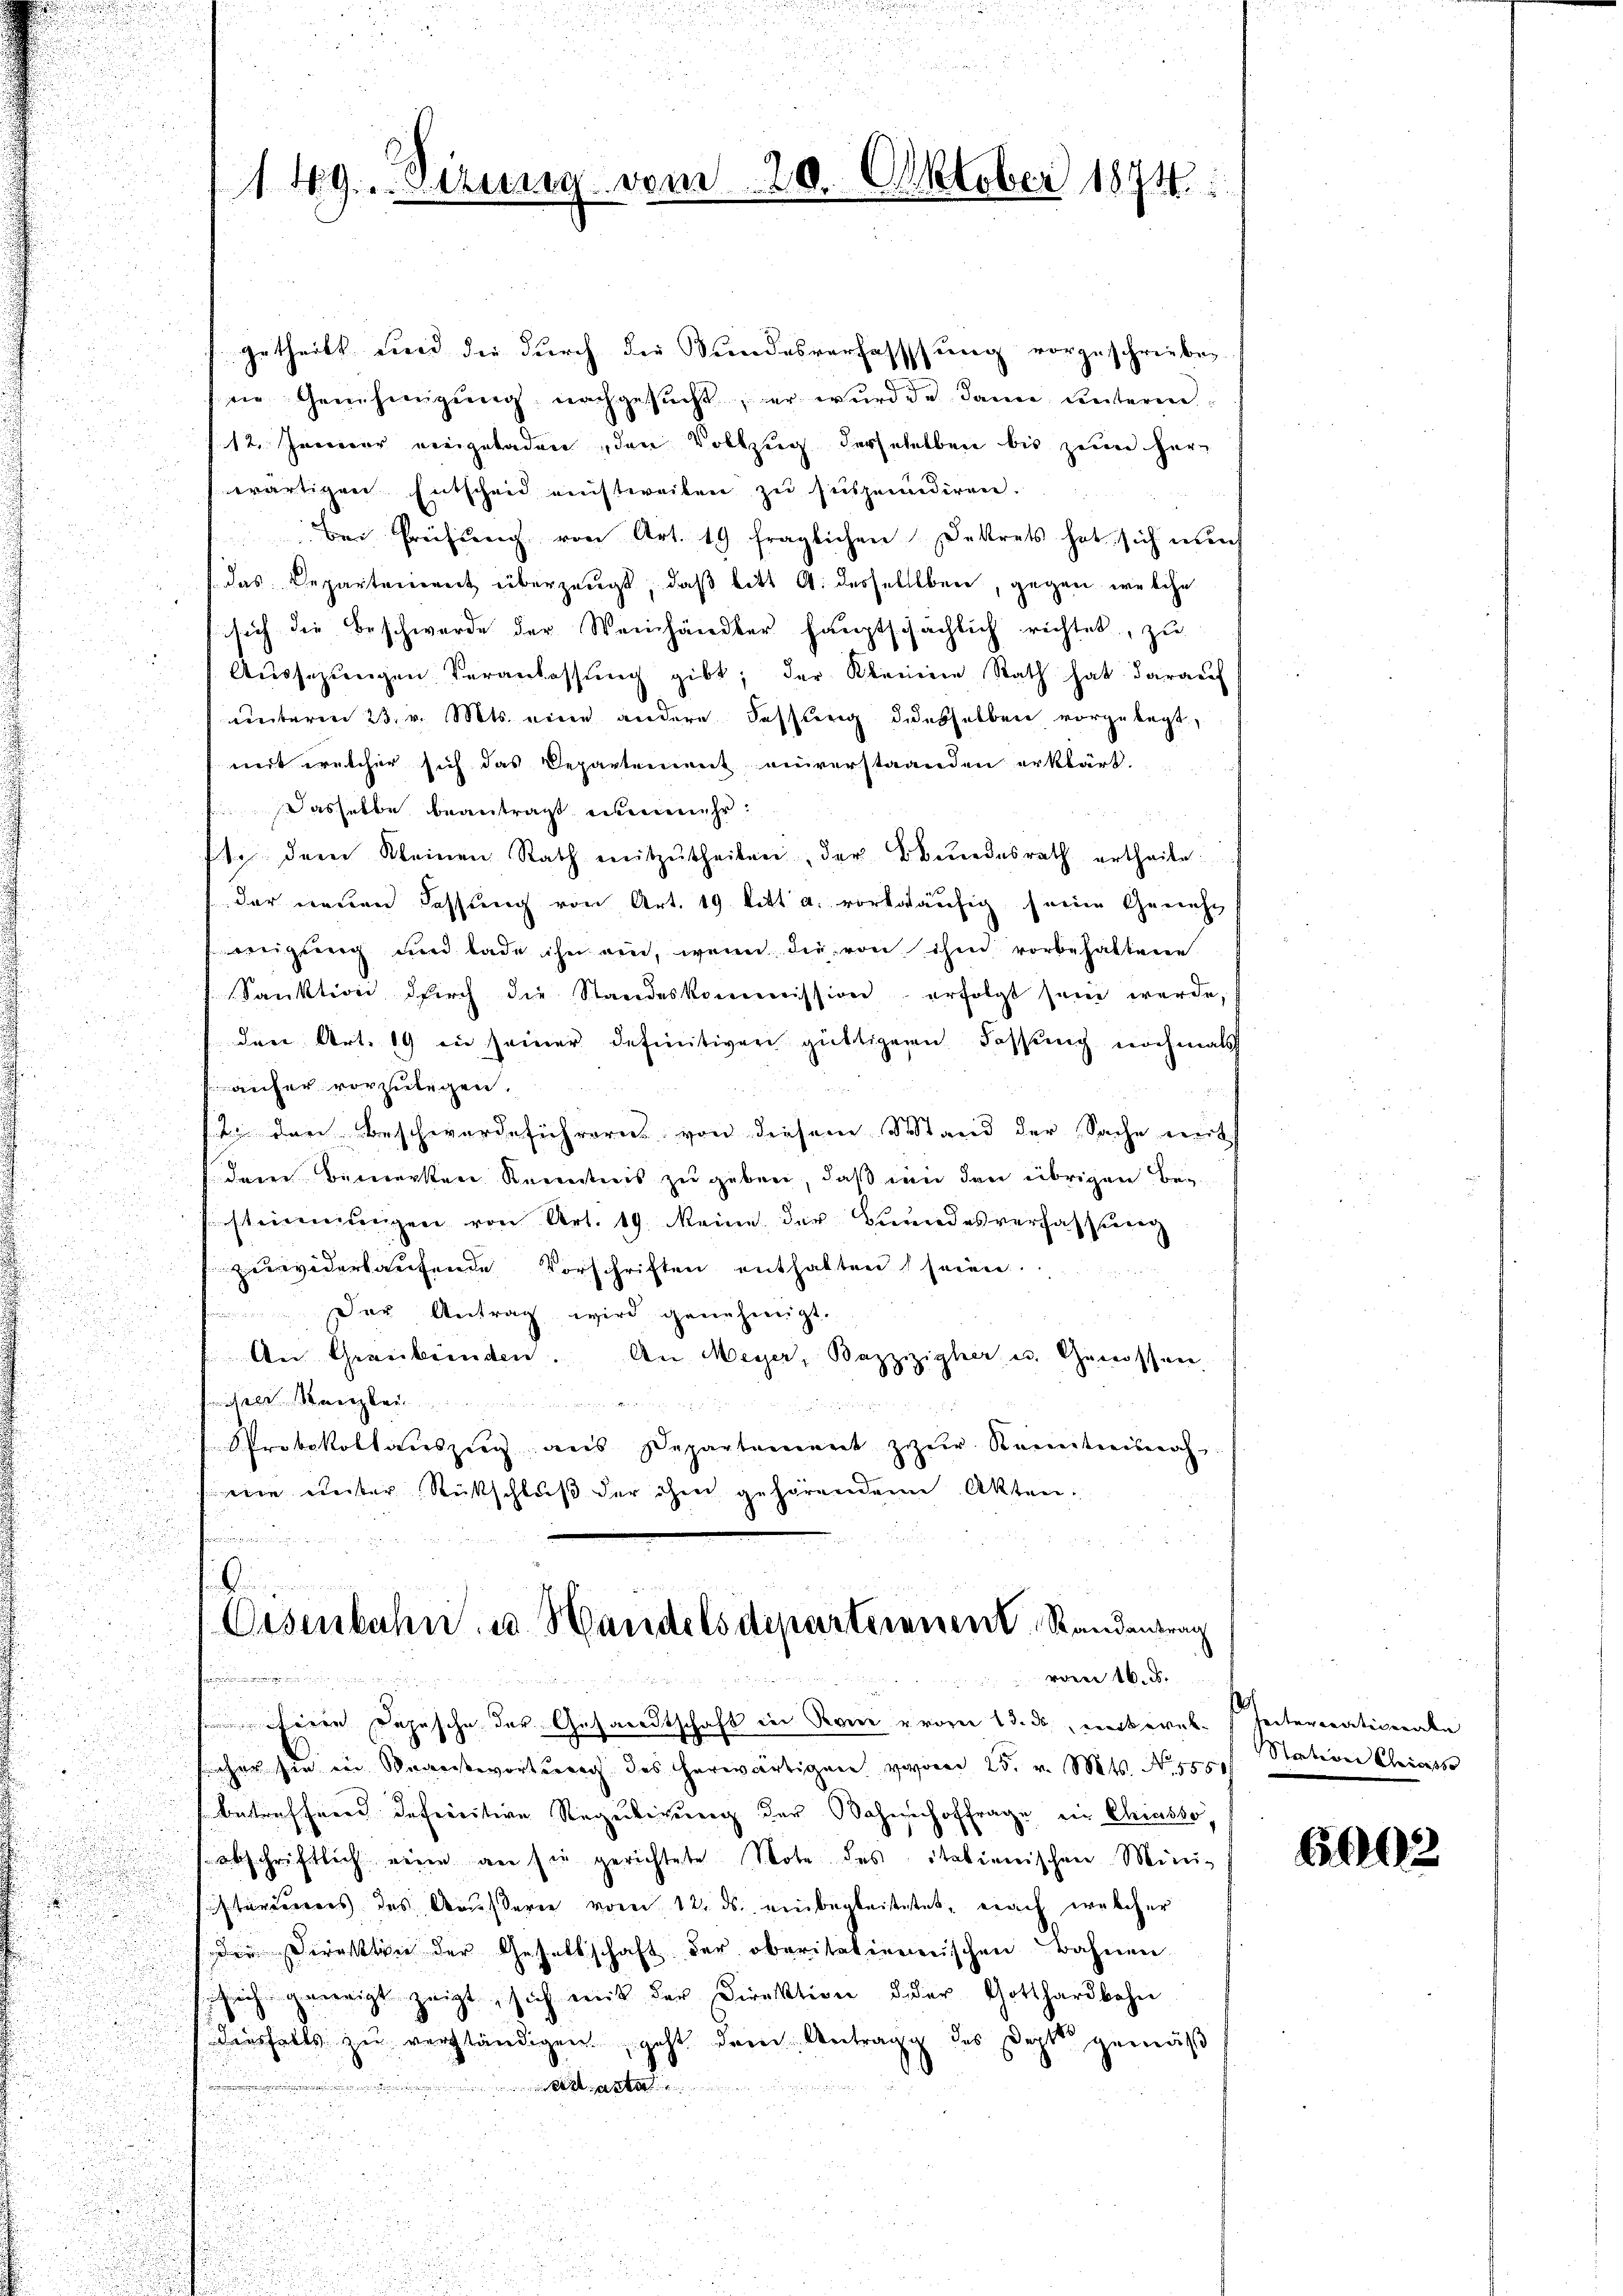
149. Dirung vor

Irtheilt und die durch die Kundesverfassung vorzuschrieben.
in Genehmigŭng nachgesŭcht, der wurde u danne unterm
12. Jenner eingeladen, den Vollzug desseselben bis zum her-
wärtigen Entscheid einstweilen zu suspendieren.
bei Preisung von Art. 19 fraglichen Dekrets hat sich meh
das Departement überzeugt, daß bitt A. desselben, gegen welche
sich die Beschwerde der Weinhändler hauptschächlich richtet, zu
Aŭssezŭngen Veranlassŭng gibt, der Kleinen Rath hat daraŭf
unterm 23. v. Mts. eine andere Fassung diesselben vorgelegt,
mit welcher sich das Departement anverstanden erklärt.
Dasselbe beantragt einenmehr.
te dem Kleinen Rath mitzŭtheilen, der Bŭndesrath ertheile
der neuen Fassung von Art. 19 litt. a. vorläufig freien Gericht
weigung und lade ihn nie, wenn die von ihm vorbehaltene
Sanktion durch die Standeskommission erfolgt sein werde,
den Art. 19 in seiner definitiven güttigern Fassung nochmals
aufer vorzulegen.
1t. den Beschwerdeführern von diesem Stand der Sache wirk
u
dene Bemerken Renntnis zu geben, daß in den übrigen Besteinŭngen von Art. 19. Meine der Bundesverhaltung
zuwiderlaufende Vorschriften enthalten seien.
Der Antrag wird genehmigt.
An Graubünden. An Meyer, Bazzizipher u. Genossen,
u
iheit anzber
  Dem Herrn
 Protokollauszug aus Departement zur Kantiersch
wie unter Rückschluß der ihm gehörenden Akten.

20. Oktober 1874.

hin und nun ein
Oesenbahn u. Handels departirenen Randantrag
varen 16. d.
Primonien ein
und

scher sie in Beantwortung des erwärtigen von 25. v. Mts. No. 588. Station Chiess
betreffend defereitive Regertigung der Bahnhoffrage ein Chiasso
abschriftlich eine an sie gerichtete Note des italienischen Minis
sisteriums des Ausseren vom 12. ds. einbegleitetet, nach welcher
die Direkten der Gesellschaft der oberitationenschen Bahnen
sich geweigt zeigt sich mit der Direktion der Gotthardbahn
diesfalls zu verständigen, geht dem Antrag des Dept gemäß
.
n
d

Heere Depesche der Gesandtschaft in Rom vom 13. ds., unteres heitertativerabe

2